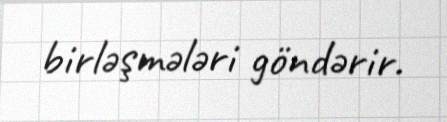
birləşmələri göndərir.